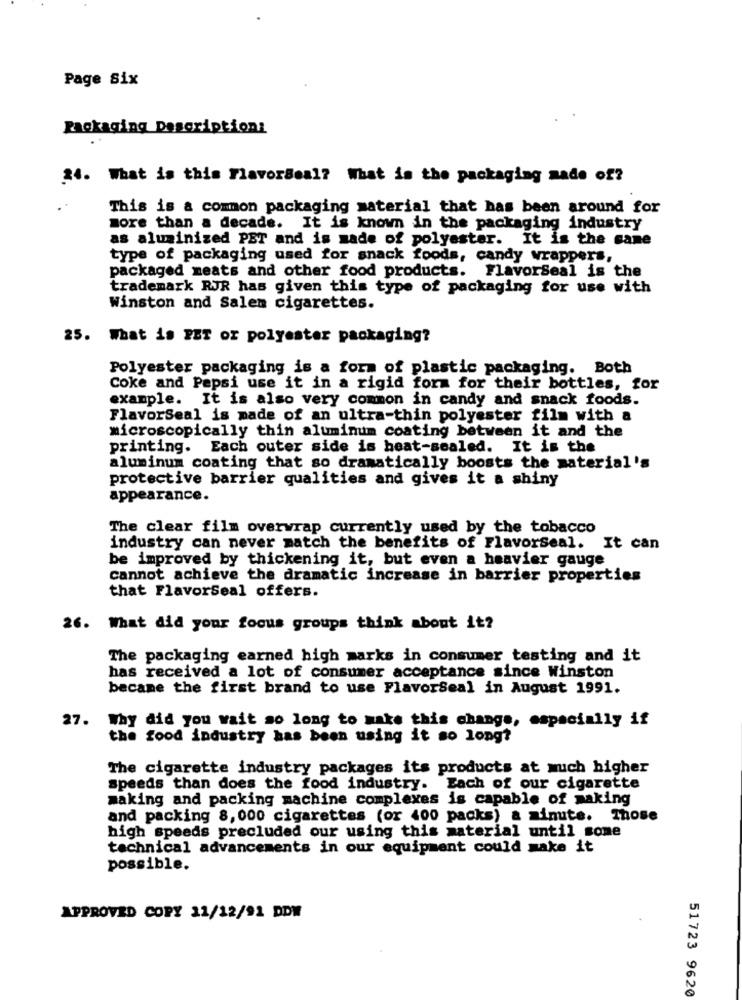
Page Six
Packaging Descriptions
24. What is this Flavorseal? What is the packaging made of?
This is a common packaging material that has been around for
more than a decade. It is known in the packaging industry
as aluminized PET and is made of polyester. It is the same
type of packaging used for snack foods, candy wrappers,
packaged meats and other food products. FlavorSeal is the
trademark RJR has given this type of packaging for use with
Winston and Salen cigarettes.
25. What is PET or polyester packaging?
Polyester packaging is a form of plastic packaging. Both
Coke and Pepsi use it in a rigid form for their bottles, for
example. It is also very common in candy and snack foods.
FlavorSeal is made of an ultra-thin polyester film with a
microscopically thin aluminum coating between it and the
printing. Each outer side is heat-sealed. It is the
aluminum coating that so dramatically boosts the material's
protective barrier qualities and gives it a shiny
appearance.
The clear film overwrap currently used by the tobacco
industry can never match the benefits of Flavorseal. It can
be improved by thickening it, but even a heavier gauge
cannot achieve the dramatic increase in barrier properties
that Flavorseal offers.
26. What did your focus groups think about it?
The packaging earned high marks in consumer testing and it
has received a lot of consumer acceptance since Winston
became the first brand to use FlavorSeal in August 1991.
27. Why did you wait so long to make this change, especially if
the food industry has been using it so long?
The cigarette industry packages its products at much higher
speeds than does the food industry. Each of our cigarette
making and packing machine complexes is capable of making
and packing 8, 000 cigarettes (or 400 packs) a minute. Those
high speeds precluded our using this material until some
technical advancements in our equipment could make it
possible.
APPROVED COPY 11/12/91 DDW
51723 9620